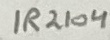
Text: IR2104